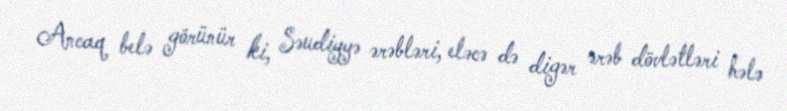
Ancaq belə görünür ki, Səudiyyə ərəbləri, eləcə də digər ərəb dövlətləri hələ